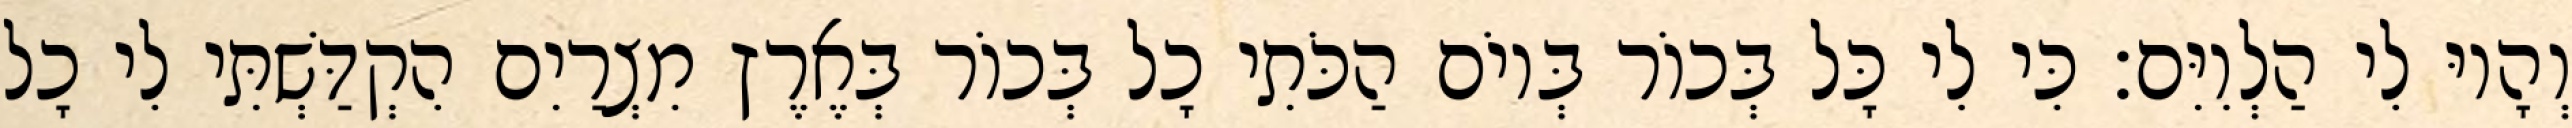
וְהָיוּ לִי הַלְוִיִּם׃ כִּי לִי כָּל בְּכוֹר בְּיוֹם הַכֹּתִי כָל בְּכוֹר בְּאֶרֶץ מִצְרַיִם הִקְדַּשְׁתִּי לִי כָל